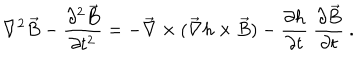
\nabla ^ { 2 } \vec { B } - \frac { \partial ^ { 2 } \vec { B } } { \partial t ^ { 2 } } = - \vec { \nabla } \times ( \vec { \nabla } h \times \vec { B } ) - \frac { \partial h } { \partial t } \ \frac { \partial \vec { B } } { \partial t } \ .